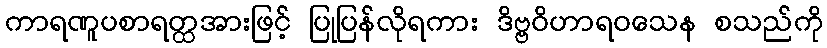
ကာရဏူပစာရတ္ထအားဖြင့် ပြုပြန်လိုရကား ဒိဗ္ဗဝိဟာရဝသေန စသည်ကို